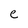
Character: e